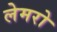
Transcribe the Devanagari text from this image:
लेमरो